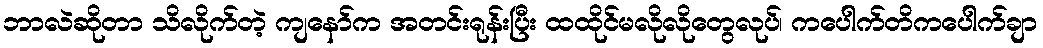
ဘာလဲဆိုတာ သိလိုက်တဲ့ ကျနော်က အတင်းရုန်းပြီး ထထိုင်မလိုလိုတွေလုပ်၊ ကပေါက်တိကပေါက်ချာ